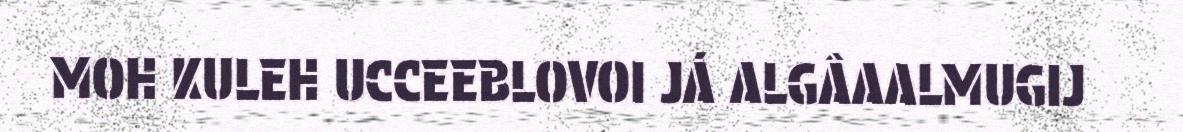
MOH KULEH UCCEEBLOVOI JÁ ALGÂAALMUGIJ